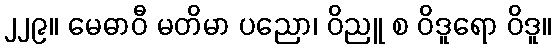
၂၂၉။ မေဓာဝီ မတိမာ ပညော၊ ဝိညူ စ ဝိဒူရော ဝိဒူ။